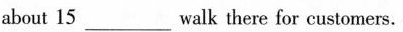
about 15___ walk there for customers.